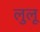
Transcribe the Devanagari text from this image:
लुलू